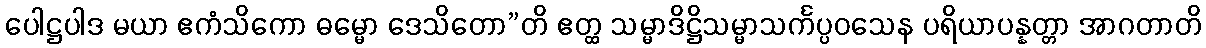
ပေါဋ္ဌပါဒ မယာ ဧကံသိကော ဓမ္မော ဒေသိတော”တိ ဧတ္ထ သမ္မာဒိဋ္ဌိသမ္မာသင်္ကပ္ပဝသေန ပရိယာပန္နတ္တာ အာဂတာတိ